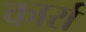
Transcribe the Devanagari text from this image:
कार्रा